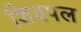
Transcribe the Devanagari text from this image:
शिवपल